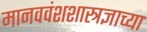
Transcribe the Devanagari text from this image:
मानववंशशास्त्रज्ञाच्या